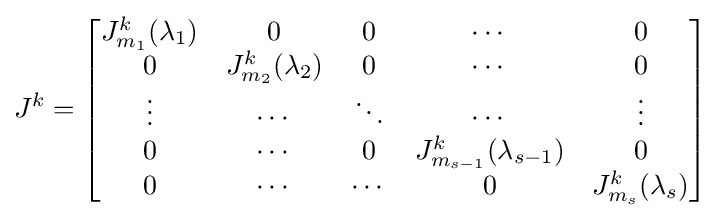
J^{k}={\begin{bmatrix}J_{m_{1}}^{k}(\lambda _{1})&0&0&\cdots &0\\0&J_{m_{2}}^{k}(\lambda _{2})&0&\cdots &0\\\vdots &\cdots &\ddots &\cdots &\vdots \\0&\cdots &0&J_{m_{s-1}}^{k}(\lambda _{s-1})&0\\0&\cdots &\cdots &0&J_{m_{s}}^{k}(\lambda _{s})\end{bmatrix}}